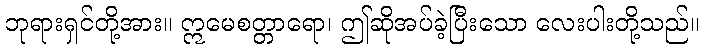
ဘုရားရှင်တို့အား။ ဣမေစတ္တာရော၊ ဤဆိုအပ်ခဲ့ပြီးသော လေးပါးတို့သည်။